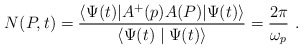
\begin{align*}N(P,t)=\frac{\langle\Psi(t)|A^+(p)A(P)|\Psi(t)\rangle}{\langle\Psi(t)\mid\Psi(t)\rangle}=\frac{2\pi}{\omega_p}\ .\end{align*}